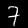
Label: 7